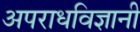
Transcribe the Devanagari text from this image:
अपराधविज्ञानी